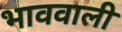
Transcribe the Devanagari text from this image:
भाववाली